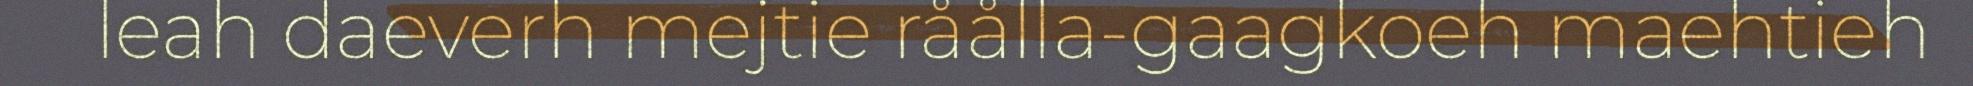
leah daeverh mejtie råålla-gaagkoeh maehtieh